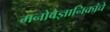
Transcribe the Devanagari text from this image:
मनोवैज्ञानिकांचे